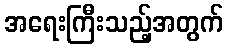
အရေးကြီးသည့်အတွက်